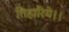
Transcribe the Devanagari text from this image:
तिहारिये।।